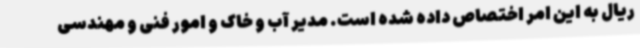
ریال به این امر اختصاص داده شده است. مدیر آب و خاک و امور فنی و مهندسی